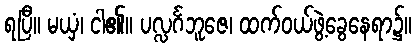
ရပြီ။ မယှံ၊ ငါ၏။ ပလ္လင်္ဂဘူဇေ၊ ထက်ဝယ်ဖွဲ့ခွေနေရာ၌။